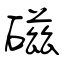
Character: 磁